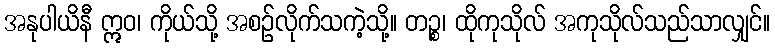
အနုပါယိနီ ဣဝ၊ ကိုယ်သို့ အစဉ်လိုက်သကဲ့သို့။ တဉ္စ၊ ထိုကုသိုလ် အကုသိုလ်သည်သာလျှင်။